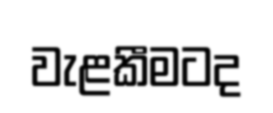
වැළකීමටද